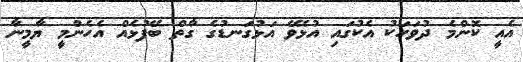
އެއީ ކޮންމެ ދުވަހަކު އެކުގައި އުޅެވޭ އަޅުގަނޑުގެ ގާތް ބޭފުޅެއް އެހެންމީ ޔާމީނާ